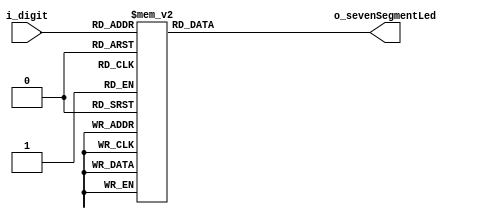
`timescale 1ns / 1ps


  //       a    
  //      ____
  //   f |    | b
  //     |_g__| 
  //   e |    | c
  //     |____| . h
  //       d
  //	                          .
  module seven_segment_driver(input  [3:0] i_digit,
									   output [7:0] o_sevenSegmentLed );
     
  reg [7:0] r_sevenSegmentLed;			
		
  assign o_sevenSegmentLed = r_sevenSegmentLed;
										 
  always @(i_digit)
  begin
	case(i_digit)
			  0 : r_sevenSegmentLed <= 8'b0000_0010; 
			  1 : r_sevenSegmentLed <= 8'b1001_1110;
			  2 : r_sevenSegmentLed <= 8'b0010_0100;
			  3 : r_sevenSegmentLed <= 8'b0000_1100;
			  4 : r_sevenSegmentLed <= 8'b1001_1000;
			  5 : r_sevenSegmentLed <= 8'b0100_1000;
			  6 : r_sevenSegmentLed <= 8'b0100_0000;
			  7 : r_sevenSegmentLed <= 8'b0001_1110;
			  8 : r_sevenSegmentLed <= 8'b0000_0000;
			  9 : r_sevenSegmentLed <= 8'b0001_1000;
	  default : r_sevenSegmentLed <= 8'b1111_1111;
	endcase
  end
endmodule